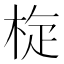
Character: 𣒀